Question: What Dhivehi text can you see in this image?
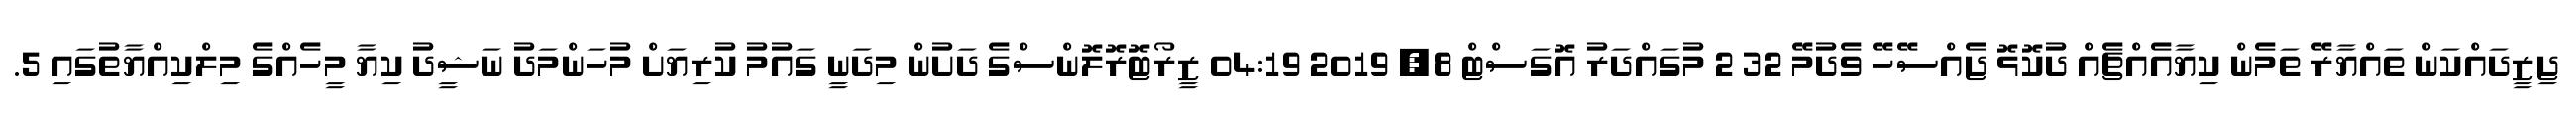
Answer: ޖިޒީދައްކަން ތައްޔާރޭ ތަމެން ކިޔާއެއްޗެއް ދުކޮޅޮ ޖެއްސޭހޭ ވެދުމޭ 32 2 މުގައްދަރު އޮގަސްޓް 8, 2019 04:19 ޒީރޯޓޮރޮލޮންސްގެ ދަށުން މިދަނީ ގައުމު ކުރިޔަށް މުހަންމަދު ނަޝީދު ކިޔާ މީހެއްގެ މިލްކިއްޔާތުގައި 5.